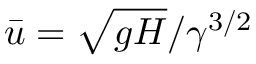
\bar { u } = \sqrt { g H } / \gamma ^ { 3 / 2 }